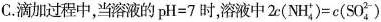
C.滴加过程中，当溶液的$$pH = 7$$时，溶液中$$2 c ( N H_{ 4 } ^ { + } ) = c (S 0_{ 4 } ^ { 2- } )$$